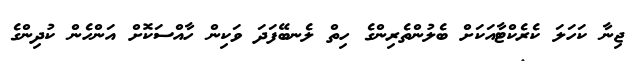
ޖިނާ ކަހަލަ ކެރެކްޓާއަކަށް ބެލުންތެރިންގެ ހިތް ލެނބޭފަދަ ވަކިން ހާއްސަކޮށް އަންހެން ކުދިންގެ